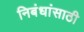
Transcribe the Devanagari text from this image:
निबंधांसाठी